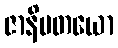
ဇာနိပတယော